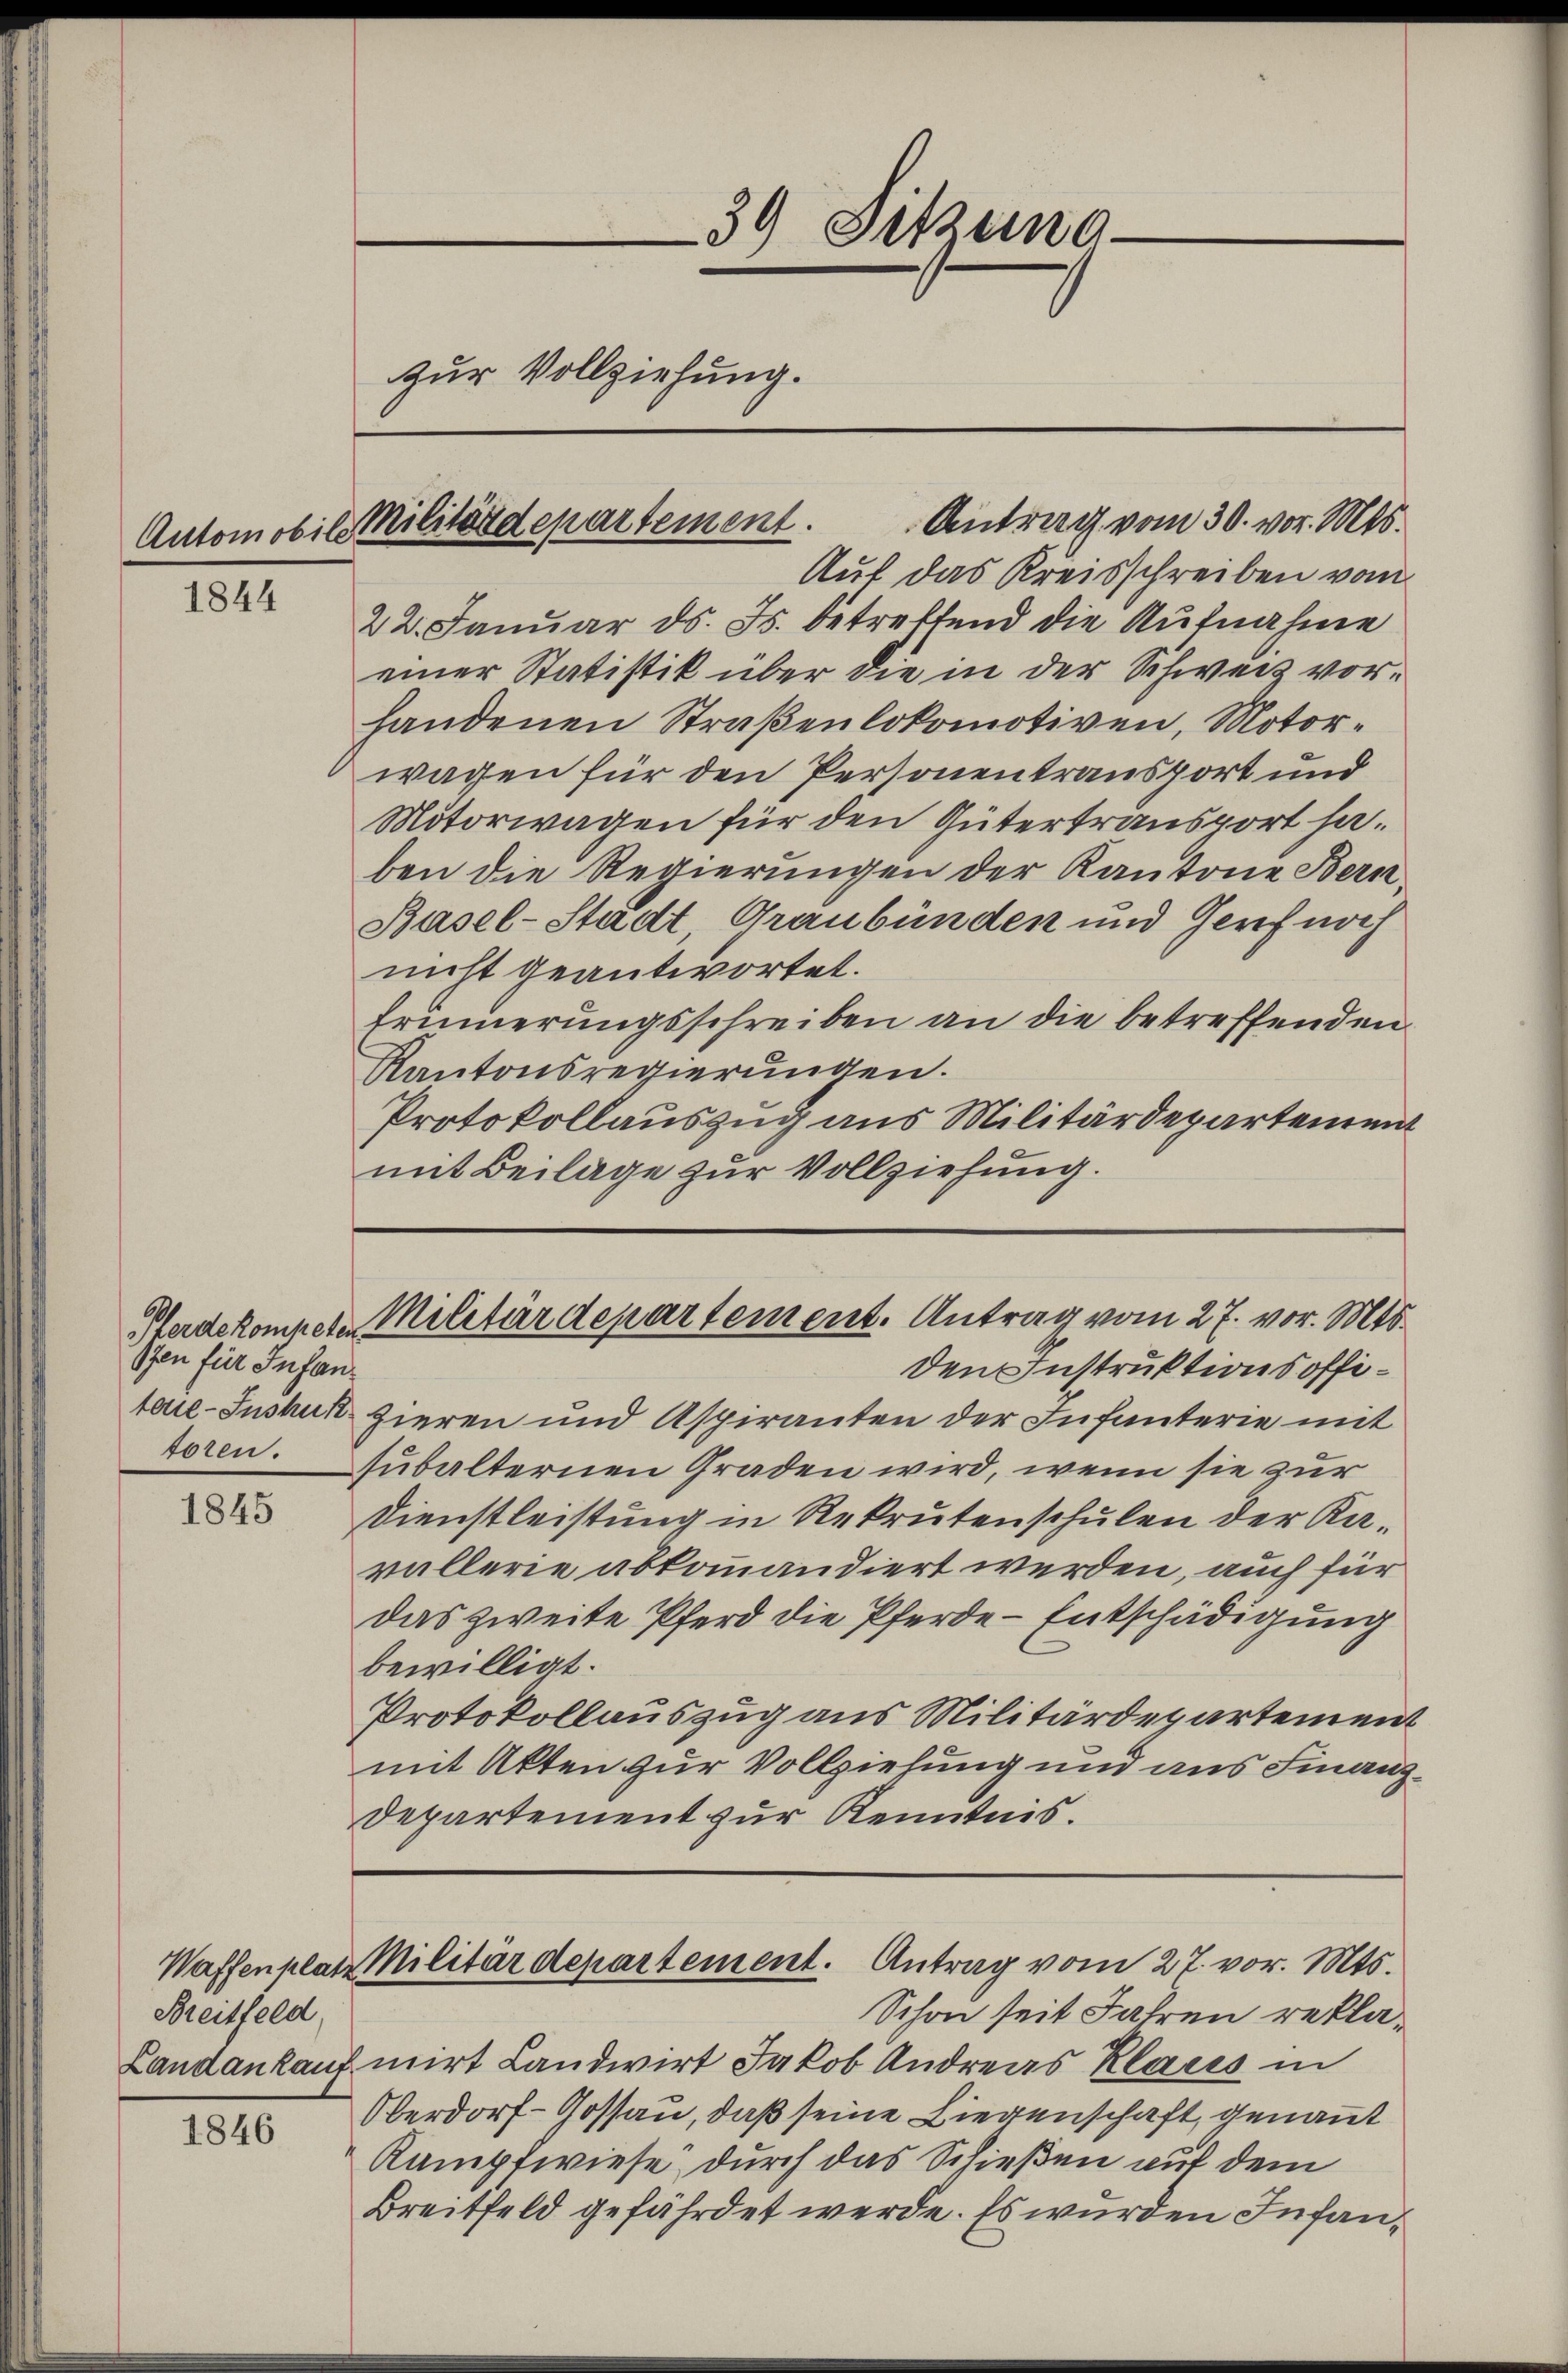
1844

1845

1846

Ofen für Infan¬

Breitfeld

Antrag vom 30. vor. Mts.
Auf das Kreisschreiben vom
22. Januar d. Js. betreffend die Aufnahme
einer Statistik über die in der Schweiz vorhandenen Straßenlokomotiven, Motorwagen für den Personen transport und
Motorwagen für den Gütertransport haben die Regierungen der Kantone Bern,
Basel-Stadt, Graubünden und Gerich noch
nicht geantwortet.
Frunnerungsschreiben an die betreffenden
Kantonsregierungen.
Protokollauszug aus Militärdepartement
mit Beilage zur Vollziehung.

39 Sitzung
zur Vollziehung.

Automobile Militärdepartement.

Perdekompeten Militärdepartement. Antrag vom 27. vor. Mts.

den Instruktionsoffitoue-Inshus zieren und Aspiranten der Infanterie mit
foren. Zubalternen Graden wird, wenn sie zur
Dienstleistung in Rekrutenschulen der Kavallerie abkommandiert werden, auch für
das zweite Pferd die Pferde - Entschädigung
bewilligt.
Protokollauszug aus Militärdepartement
mit Akten zur Vollziehung und aus Finanz¬
Departement zur Kenntnis.
Waffenplan Militärdepartement. Antrag vom 27. vor. Mts.
Schon seit Jahren rekla¬
Landankauf mirt Landwirt Jakob Andreas Klaces in
Oberdorf-Gossau, daß seine Liegenschaft, genannt
Kampfwiese durch das Schießen auf dem
Breitfeld gefährdet werde. Es wurden Infan¬